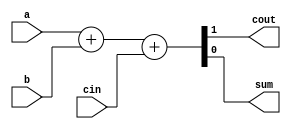
// Create a full adder. A full adder adds three bits (including carry-in) and produces a sum and carry-out.

module top_module( 
    input a, b, cin,
    output cout, sum );
    
    assign {cout, sum} = a + b + cin;

endmodule